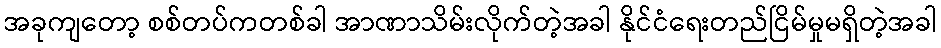
အခုကျတော့ စစ်တပ်ကတစ်ခါ အာဏာသိမ်းလိုက်တဲ့အခါ နိုင်ငံရေးတည်ငြိမ်မှုမရှိတဲ့အခါ